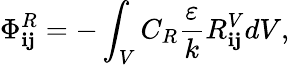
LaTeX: \Phi_{\mathbf{i}\mathbf{j}}^{R}=-\int_{V}C_{R}\frac{{\varepsilon}}{{k}}R_{\mathbf{i}\mathbf{j}}^{V}dV,